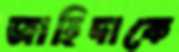
জাহিদাকে